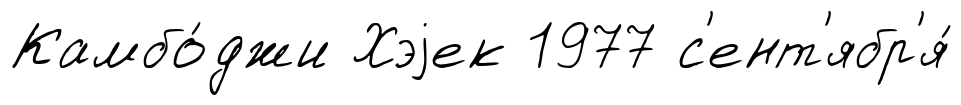
Камбо́джи Хэjек 1977 с'ент'ябр'я́